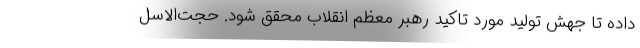
داده تا جهش تولید مورد تاکید رهبر معظم انقلاب محقق شود. حجت‌الاسل